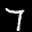
Label: 7